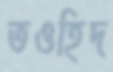
তওহিদ